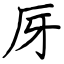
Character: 厊